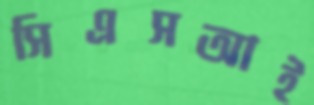
সিএসআই